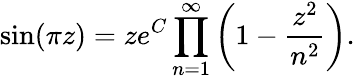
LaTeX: \sin(\pi z)=ze^{C}\displaystyle\prod_{n=1}^{\infty}\left(1-{\frac{z^{2}}{n^{2}}}\right).